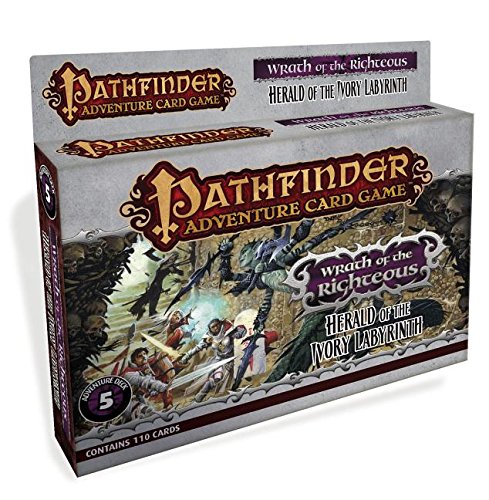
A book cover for Pathfinder ACG: Wrath of the Righteous Adventure Deck 5 - Herald of the Ivory Labyrinth; Mike Selinker; Science Fiction & Fantasy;